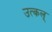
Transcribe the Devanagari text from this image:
उत्कल्